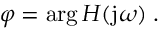
\varphi = \arg H ( \mathrm { j } \omega ) \; .